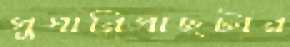
সুপারিগাছটার